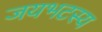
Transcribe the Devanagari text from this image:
जयभटस्य